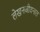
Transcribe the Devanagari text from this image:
लेखनजीवनात